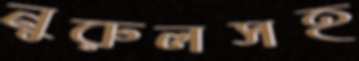
নুরুলসহ